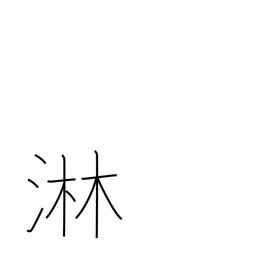
Meaning: lonely